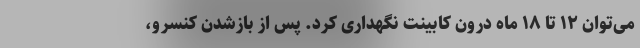
می‌توان ۱۲ تا ۱۸ ماه درون کابینت نگهداری کرد. پس از بازشدن کنسرو،